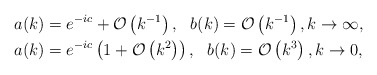
\begin{align*}&a(k)= e^{-ic} +\mathcal{O}\left(k^{-1}\right), \ \ b(k)=\mathcal{O}\left(k^{-1}\right), k \rightarrow \infty, \\ &a(k)=e^{-ic}\left(1+\mathcal{O}\left(k^2\right)\right), \ \ b(k)=\mathcal{O}\left(k^3\right),k\rightarrow 0,\end{align*}